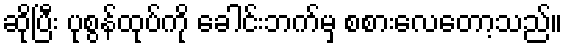
ဆိုပြီး ပုစွန်ထုပ်ကို ခေါင်းဘက်မှ စစားလေတော့သည်။